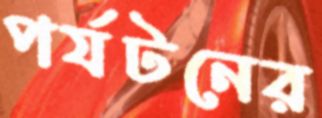
পর্যটনের